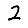
Digit: 2